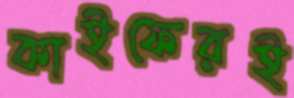
কাইফেরই